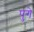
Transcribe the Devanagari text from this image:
पुगे